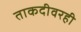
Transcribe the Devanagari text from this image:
ताकदीवरही